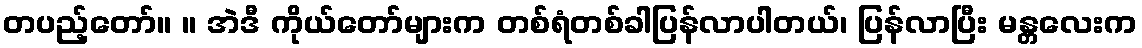
တပည့်တော်။ ။ အဲဒီ ကိုယ်တော်များက တစ်ရံတစ်ခါပြန်လာပါတယ်၊ ပြန်လာပြီး မန္တလေးက